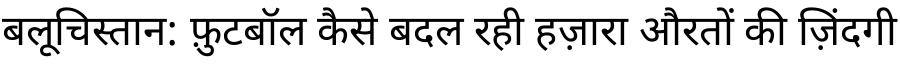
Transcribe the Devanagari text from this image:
बलूचिस्तान: फ़ुटबॉल कैसे बदल रही हज़ारा औरतों की ज़िंदगी